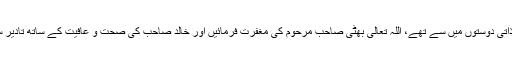
دونوں میرے ذاتی دوستوں میں سے تھے، اللہ تعالیٰ بھٹی صاحب مرحوم کی مغفرت فرمائیں اور خالد صاحب کی صحت و عافیت کے ساتھ تادیر سلامت رکھیں۔